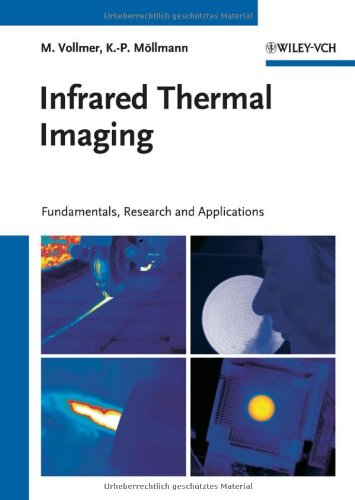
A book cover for Infrared Thermal Imaging: Fundamentals, Research and Applications; Michael Vollmer; Science & Math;